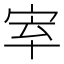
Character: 𡧵